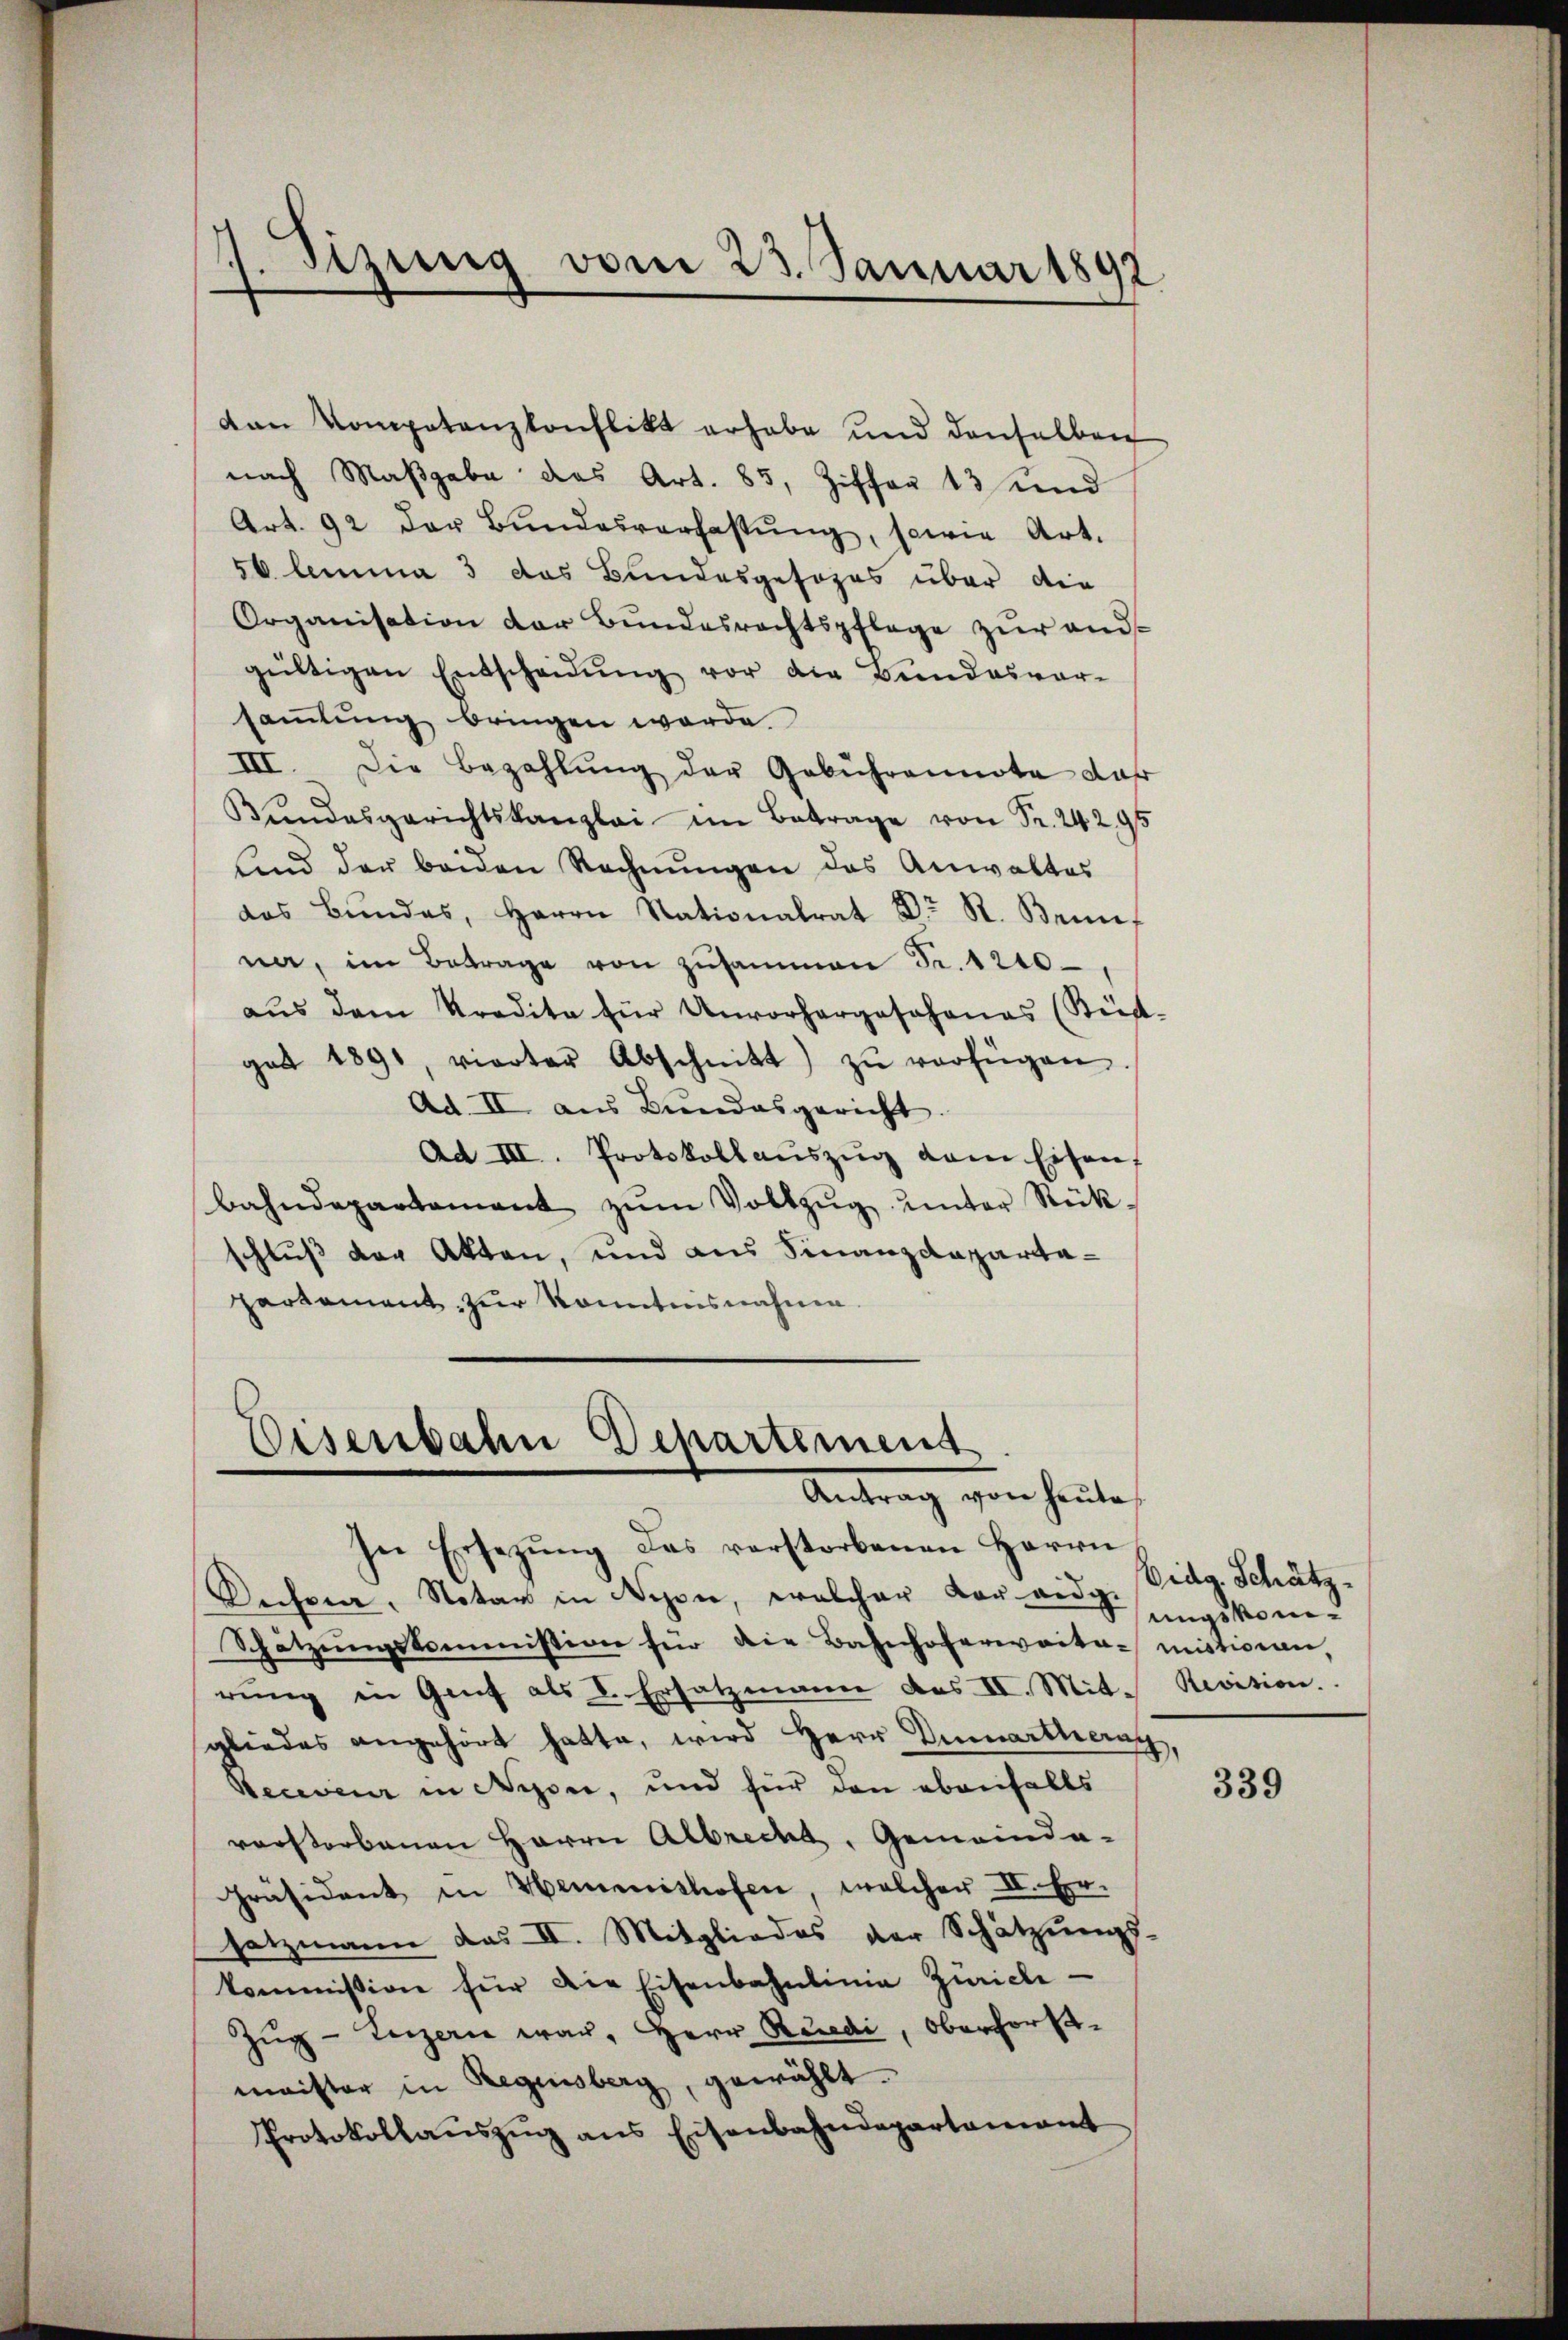
h
¬
tzung vom 23. Januar 1892

nach Maßgabe das Art. 85, Ziffer 13 und
Art. 92 der Bŭndesverfassŭng, sowie Art.
56 lemma 3 das Bundesgesezes über die
Organisation der Bundesrechtspflege zŭr andgültigen Entscheidŭng vor die Bundesver-
sammlung bringen werde.
XIII
Die Bezahlŭng der Gebührennote dar
Bŭndesgerichtskanzlei im Betrage von Fr. 24295
sind der beiden Rechnŭngen das Anwaltes
das Bŭndes, Herrn Nationalrat Dr St. Bein-
na, im Betrage von zusammen Fr. 1210
aŭs dem Kredita für Unvorhergesehenes (Stük-
gat 1891, vierter Abschnitt zŭ verfügen.
Ad II aŭs Bŭndesgericht.
Ad III. Protokollaŭszŭg dem Eisen
bahndepartament zŭm Voltzŭg ŭnter Rück-
schluß der Akten, und aus Finanzdepartaparkament zur Kenntnisnahme.

von Kompetenzkonflikt erhabe und denselben

Eisenbahn Departement
Antrag von heute,

In Ersetzŭng das verstorbenen Herrn
Decora, Notar in Nyon, welcher vor eidg.
Schätzŭngskommission für die Bahnhofereita-misticean,
rŭng in Genf als V. Ersatzmann des II. Mit Revision.
gliedes angehört hatte, wird Herr Demarthang,
Recaveur in Nyone, und für den ebenfalls
verstorbenen Herrn Albrecht, Gemeinda-
Präsident in Hemmnishofen, welcher II. Er-
satzmann das II. Mitgliedes der Schätzungs-
kommission für die Eisenbahnlinie Zürich
Zŭg-Luzern war, Herr Recedi, Oberforst-
maister in Regensberg, gewählt.
Protokollaŭszŭg ans Eisenbahndepartamant

Eidg. Schätzungskom¬

339